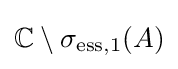
\mathbb {C} \setminus \sigma _{\mathrm {ess} ,1}(A)